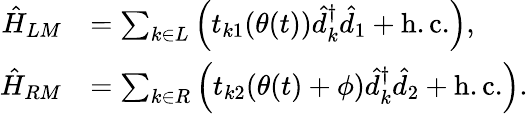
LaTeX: \begin{array}{rl}{\hat{H}_{LM}}&{=\sum_{k\in L}\Big(t_{k1}(\theta(t))\hat{d}_{k}^{\dagger}\hat{d}_{1}+\mathrm{h.c.}\Big),}\\ {\hat{H}_{RM}}&{=\sum_{k\in R}\Big(t_{k2}(\theta(t)+\phi)\hat{d}_{k}^{\dagger}\hat{d}_{2}+\mathrm{h.c.}\Big).}\end{array}